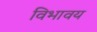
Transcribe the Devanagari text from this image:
विभावय